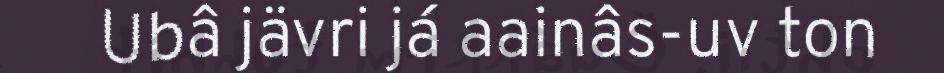
Ubâ jävri já aainâs-uv ton